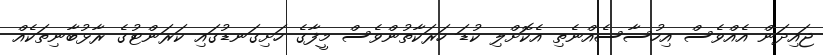
ޖައިދަން އެއްވެސް އިހުސާސެއްނެތި އެކޮށްލި ކުޑަ ހަރަކާތުންވެސް މީފާގެ ހަށިގަނޑުގައި ކަރަންޓުގެ ރާޅުބާނިތަކެއް